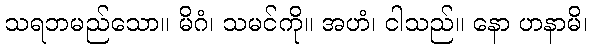
သရဘမည်သော။ မိဂံ၊ သမင်ကို။ အဟံ၊ ငါသည်။ နော ဟနာမိ၊